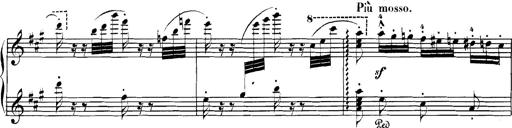
Title: Spinnerlied aus dem Fliegenden HollÃ¤nder
Composer: Franz Liszt